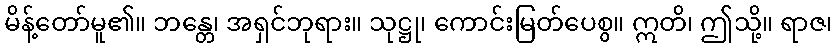
မိန့်တော်မူ၏။ ဘန္တေ၊ အရှင်ဘုရား။ သုဋ္ဌု၊ ကောင်းမြတ်ပေစွ။ ဣတိ၊ ဤသို့။ ရာဇ၊